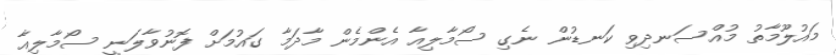
މައުލޫމާތު މުއްސަނދިވި ކަނޑުން ނެގި ސޯމާލިއާ އެންމެން މާދަމާ ގައުމަށް ފޮނުވާލަނީ ސޯމާލިއާ